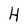
Character: H